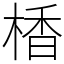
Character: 楿